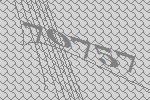
70757